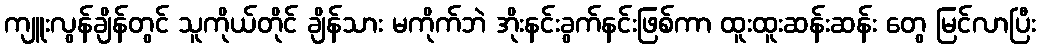
ကျူးလွန်ချိန်တွင် သူကိုယ်တိုင် ချိန်သား မကိုက်ဘဲ အိုးနင်းခွက်နင်းဖြစ်ကာ ထူးထူးဆန်းဆန်း တွေ မြင်လာပြီး